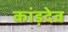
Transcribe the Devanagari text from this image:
कांड़देव